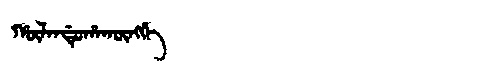
Manchu: ᡥᡡᠯᠠᠨᡩᡠᡥᠠᡴᡡᠩᡤᡝ
Romanization: HŪLANDUHAKŪNGGE